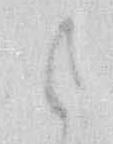
候